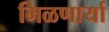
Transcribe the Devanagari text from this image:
मिळणार्या